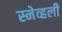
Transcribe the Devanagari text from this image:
स्नेव्हली